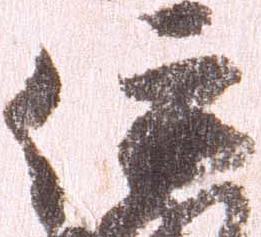
伊